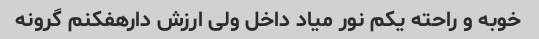
خوبه و راحته یکم نور میاد داخل ولی ارزش دارهفکنم گرونه